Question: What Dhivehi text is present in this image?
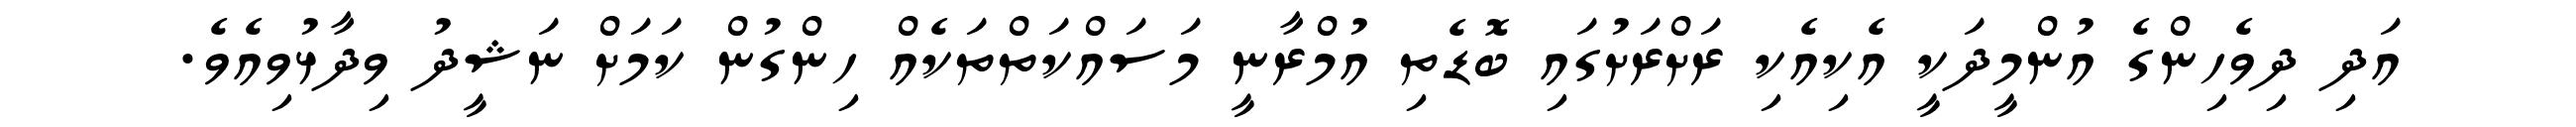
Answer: އަދި ދިވެހިންގެ އުންމީދަކީ އެކިއެކި ރަށްރަށުގައި ބޮޑެތި އުމްރާނީ މަސައްކަތްތަކެއް ހިންގުން ކަމަށް ނަޝީދު ވިދާޅުވިއެވެ.